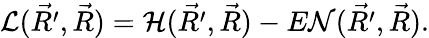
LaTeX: {\cal L}(\vec{R^{\prime}},\vec{R})={\cal H}(\vec{R^{\prime}},\vec{R})-E{\cal N}(\vec{R^{\prime}},\vec{R}).